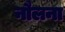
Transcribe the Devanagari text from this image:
नौलना